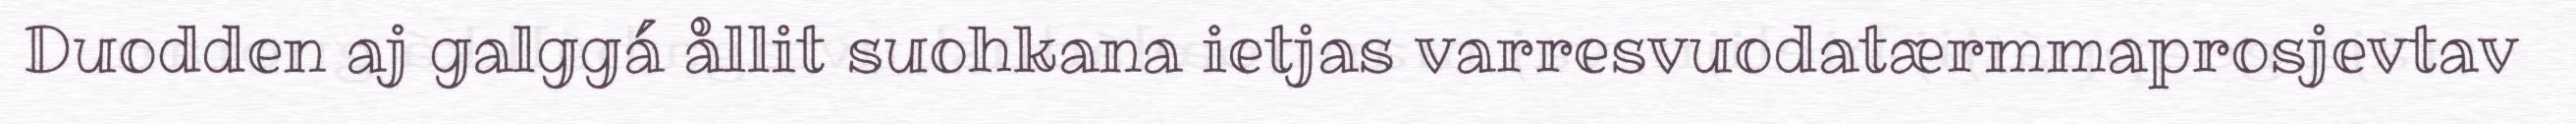
Duodden aj galggá ållit suohkana ietjas varresvuodatærmmaprosjevtav